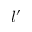
l { ' }